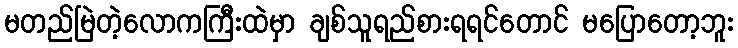
မတည်မြဲတဲ့လောကကြီးထဲမှာ ချစ်သူရည်စားရရင်တောင် မပြောတော့ဘူး